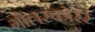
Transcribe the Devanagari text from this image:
गोलस्कोरर